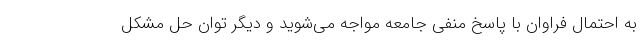
به احتمال فراوان با پاسخ منفی جامعه مواجه می‌شوید و دیگر توان حل مشکل